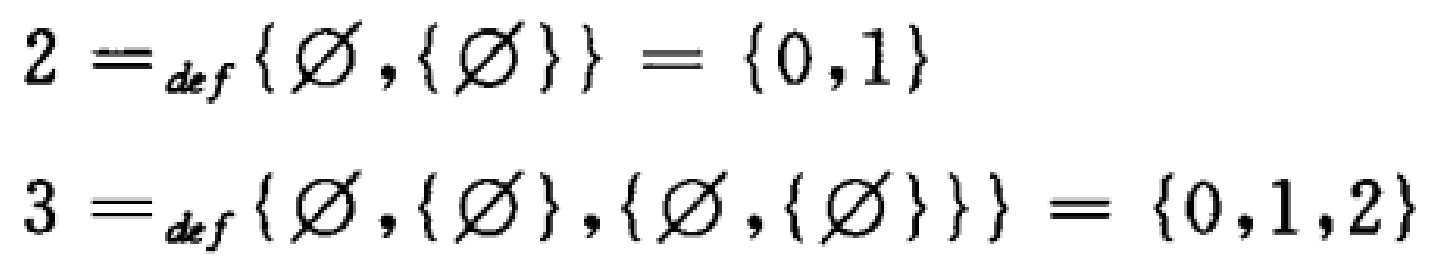
\[
2 =_{def} \{ \varnothing, \{ \varnothing \} \} = \{ 0,1 \}
\]
\[
3 =_{def} \{ \varnothing, \{ \varnothing \}, \{ \varnothing, \{ \varnothing \} \} \} = \{ 0,1,2 \}
\]